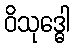
ဝိသုဒ္ဓေါ